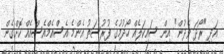
އަދި "ރޯދަ ވެދުން" އިން ސައިކަލެއް ހޯދުމުގެ ފުރުސަތު އެންމެ އެސްއެމްއެސްއެއް ކޮށްގެން